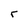
Character: r